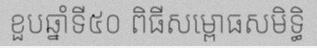
ខួបឆ្នាំទី៥០ ពិធីសម្ពោធសមិទ្ធិ